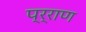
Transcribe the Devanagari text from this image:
प्र्राण